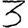
Digit: 3